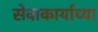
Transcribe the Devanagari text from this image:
सेवाकार्याच्या